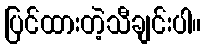
ပြင်ထားတဲ့သီချင်းပါ။